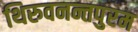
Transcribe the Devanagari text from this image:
थिरुवनन्तपुरम